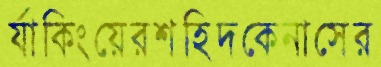
র‍্যাকিংয়েরশহিদকেনাসের